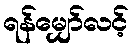
ရန်မျှော်လင့်